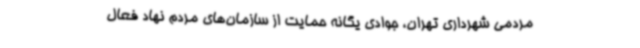
مردمی شهرداری تهران، جوادی یگانه حمایت از سازمان‌های مردم نهاد فعال